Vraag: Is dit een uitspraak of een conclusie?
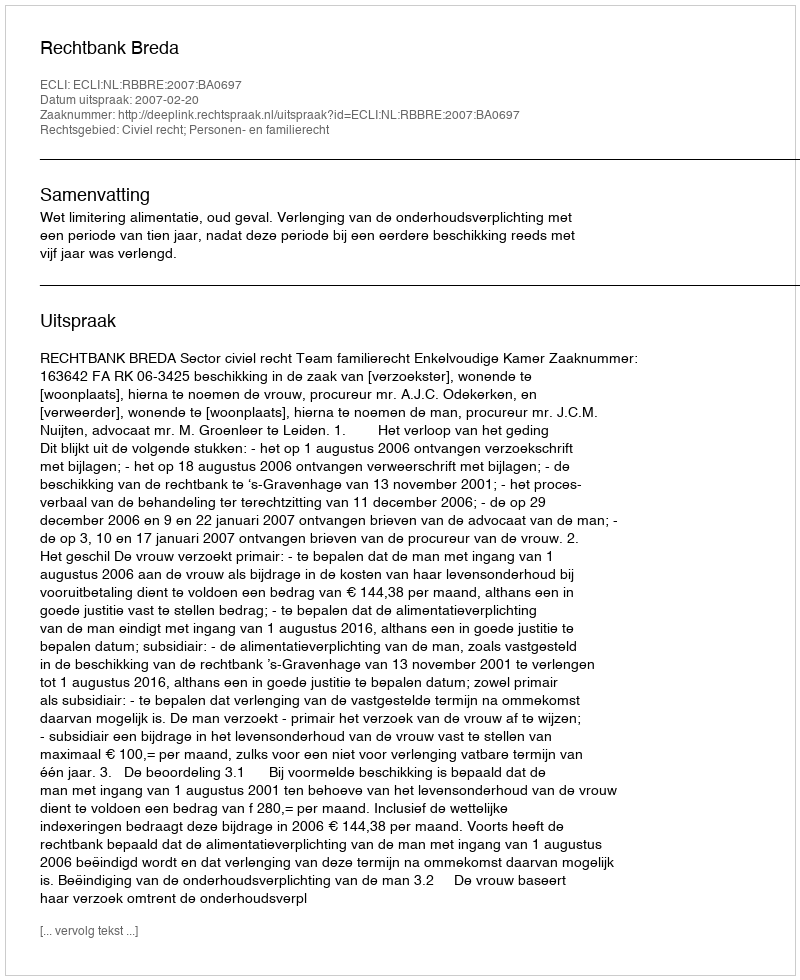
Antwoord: Uitspraak